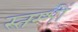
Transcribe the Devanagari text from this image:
स्‍तम्‍भों